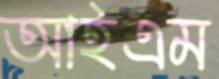
আইএম